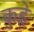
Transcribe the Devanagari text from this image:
कुह्ने